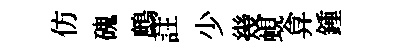
仿磈鷓註少幾蜆弇鍾